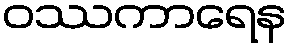
ဝဿကာရေန